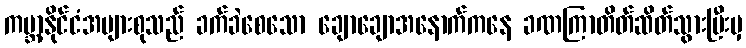
ကမ္ဘာ့နိုင်ငံအများစုသည် ခက်ခဲစေသော ချောချောအနောက်ကနေ ခဏကြာတိတ်ဆိတ်သွားပြီးမှ